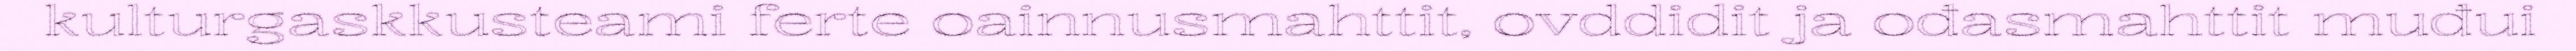
kulturgaskkusteami ferte oainnusmahttit, ovddidit ja ođasmahttit muđui